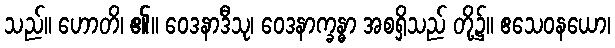
သည်။ ဟောတိ၊ ၏။ ဝေဒနာဒီသု၊ ဝေဒနာက္ခန္ဓာ အစရှိသည် တို့၌။ ဧသေဝနယော၊